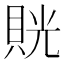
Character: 𧵦